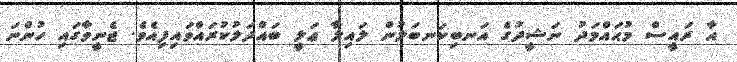
އާ ރައީސް މުޙައްމަދު ނަޝީދުގެ އަނބިކަނބަލުން ލައިލާ ޢަލީ ބައްދަލުކުރައްވައިފިއެވެ. ޖެނީވާގައި ހުންނަ